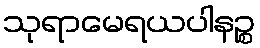
သုရာမေရယပါနဉ္စ